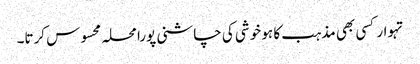
تہوار کسی بھی مذہب کا ہو خوشی کی چاشنی پورا محلہ محسوس کرتا۔